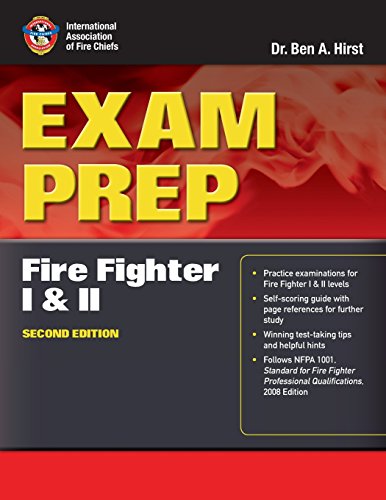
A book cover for Exam Prep: Fire Fighter I And II (Exam Prep (Jones & Bartlett Publishers)); Dr.  Ben Hirst, Performance Training Systems; Test Preparation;